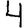
Digit: 4